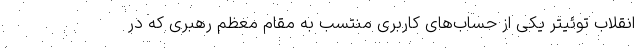
انقلاب توئیتر یکی از حساب‌های کاربری منتسب به مقام معظم رهبری که در